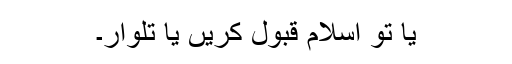
یا تو اسلام قبول کریں یا تلوار۔